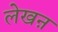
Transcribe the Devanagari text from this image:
लेखऩ